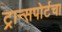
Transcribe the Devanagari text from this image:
ट्रान्सपोर्टचा